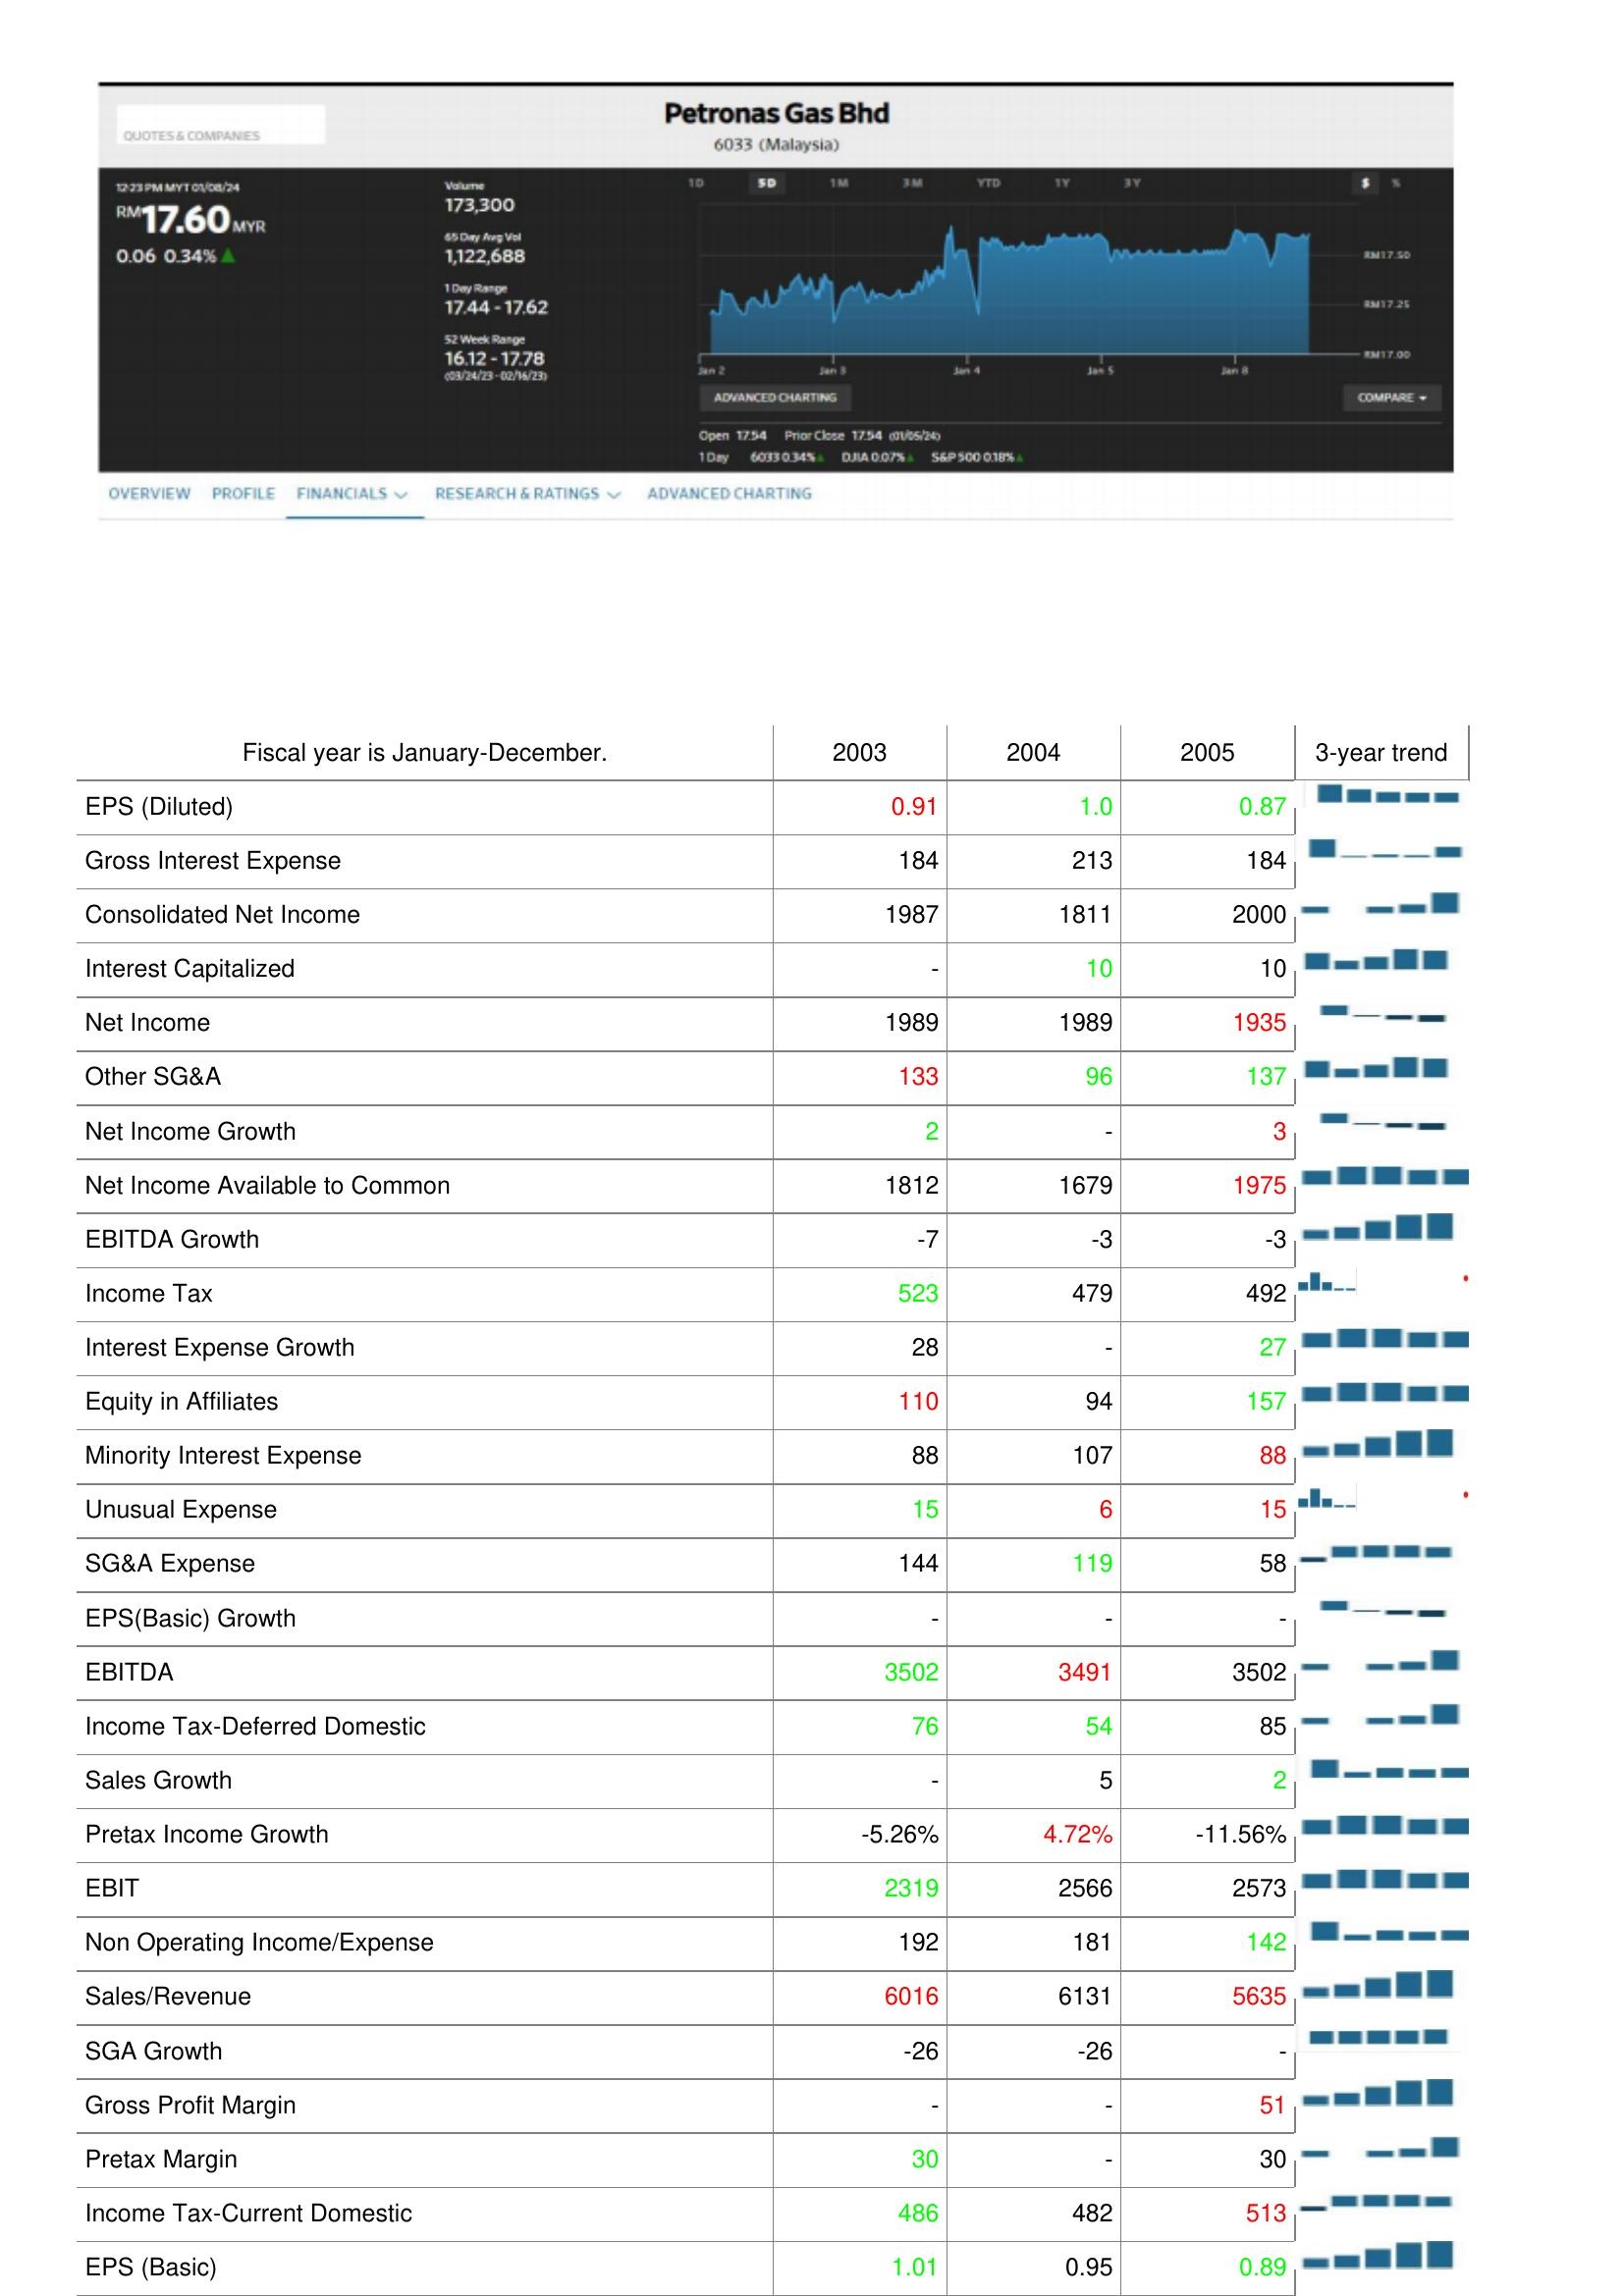
2003: : EPS (Diluted): 0.91
Gross Interest Expense: 184
Consolidated Net Income: 1987
Interest Capitalized: -
Net Income: 1989
Other SG&A: 133
Net Income Growth: 2
Net Income Available to Common: 1812
EBITDA Growth: -7
Income Tax: 523
Interest Expense Growth: 28
Equity in Affiliates: 110
Minority Interest Expense: 88
Unusual Expense: 15
SG&A Expense: 144
EPS(Basic) Growth: -
EBITDA: 3502
Income Tax-Deferred Domestic: 76
Sales Growth: -
Pretax Income Growth: -5.26%
EBIT: 2319
Non Operating Income/Expense: 192
Sales/Revenue: 6016
SGA Growth: -26
Gross Profit Margin: -
Pretax Margin: 30
Income Tax-Current Domestic: 486
EPS (Basic): 1.01
2004: : EPS (Diluted): 1.0
Gross Interest Expense: 213
Consolidated Net Income: 1811
Interest Capitalized: 10
Net Income: 1989
Other SG&A: 96
Net Income Growth: -
Net Income Available to Common: 1679
EBITDA Growth: -3
Income Tax: 479
Interest Expense Growth: -
Equity in Affiliates: 94
Minority Interest Expense: 107
Unusual Expense: 6
SG&A Expense: 119
EPS(Basic) Growth: -
EBITDA: 3491
Income Tax-Deferred Domestic: 54
Sales Growth: 5
Pretax Income Growth: 4.72%
EBIT: 2566
Non Operating Income/Expense: 181
Sales/Revenue: 6131
SGA Growth: -26
Gross Profit Margin: -
Pretax Margin: -
Income Tax-Current Domestic: 482
EPS (Basic): 0.95
2005: : EPS (Diluted): 0.87
Gross Interest Expense: 184
Consolidated Net Income: 2000
Interest Capitalized: 10
Net Income: 1935
Other SG&A: 137
Net Income Growth: 3
Net Income Available to Common: 1975
EBITDA Growth: -3
Income Tax: 492
Interest Expense Growth: 27
Equity in Affiliates: 157
Minority Interest Expense: 88
Unusual Expense: 15
SG&A Expense: 58
EPS(Basic) Growth: -
EBITDA: 3502
Income Tax-Deferred Domestic: 85
Sales Growth: 2
Pretax Income Growth: -11.56%
EBIT: 2573
Non Operating Income/Expense: 142
Sales/Revenue: 5635
SGA Growth: -
Gross Profit Margin: 51
Pretax Margin: 30
Income Tax-Current Domestic: 513
EPS (Basic): 0.89